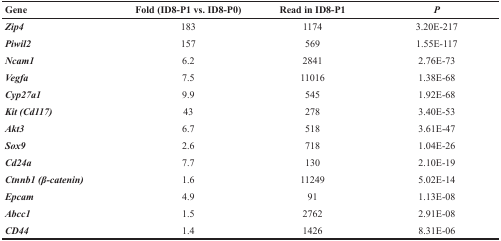
<table><thead><tr><td><b>Gene</b></td><td><b>Fold (ID8-P1 vs. ID8-P0)</b></td><td><b>Read in ID8-P1</b></td><td><b><i>P</i></b></td></tr></thead><tbody><tr><td><b><i>Zip4</i></b></td><td>183</td><td>1174</td><td>3.20E-217</td></tr><tr><td><b><i>Piwil2</i></b></td><td>157</td><td>569</td><td>1.55E-117</td></tr><tr><td><b><i>Ncam1</i></b></td><td>6.2</td><td>2841</td><td>2.76E-73</td></tr><tr><td><b><i>Vegfa</i></b></td><td>7.5</td><td>11016</td><td>1.38E-68</td></tr><tr><td><b><i>Cyp27a1</i></b></td><td>9.9</td><td>545</td><td>1.92E-68</td></tr><tr><td><b><i>Kit (Cd117)</i></b></td><td>43</td><td>278</td><td>3.40E-53</td></tr><tr><td><b><i>Akt3</i></b></td><td>6.7</td><td>518</td><td>3.61E-47</td></tr><tr><td><b><i>Sox9</i></b></td><td>2.6</td><td>718</td><td>1.04E-26</td></tr><tr><td><b><i>Cd24a</i></b></td><td>7.7</td><td>130</td><td>2.10E-19</td></tr><tr><td><b><i>Ctnnb1 (β-catenin)</i></b></td><td>1.6</td><td>11249</td><td>5.02E-14</td></tr><tr><td><b><i>Epcam</i></b></td><td>4.9</td><td>91</td><td>1.13E-08</td></tr><tr><td><b><i>Abcc1</i></b></td><td>1.5</td><td>2762</td><td>2.91E-08</td></tr><tr><td><b><i>CD44</i></b></td><td>1.4</td><td>1426</td><td>8.31E-06</td></tr></tbody></table>